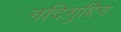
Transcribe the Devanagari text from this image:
नदिमुद्दिन